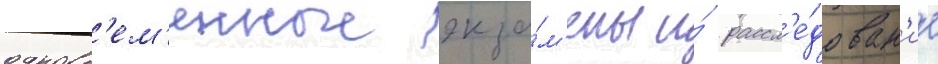
одновр'ем'енные экза́м'ены и́ рассл'е́дован'ие